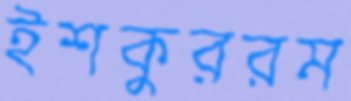
ইশকুররম